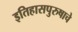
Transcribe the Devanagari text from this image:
इतिहासपुरुषाचे